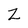
Character: 2